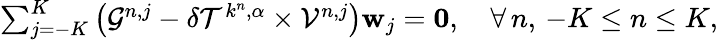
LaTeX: \begin{array}{r}{\sum_{j=-K}^{K}\left(\mathcal{G}^{n,j}-\delta\mathcal{T}^{k^{n},\alpha}\times\mathcal{V}^{n,j}\right)\mathbf{w}_{j}=\mathbf{0},\quad\forall\, n,\, -K\leq n\leq K,}\end{array}